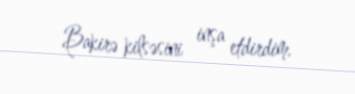
Bakirə kilsəsini inşa etdirdim.